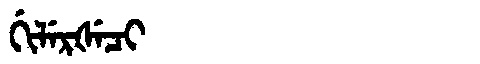
Manchu: ᡤᡳᠯᡝᡵᡧᡝᠴᡳ
Romanization: GILERŠECI